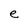
Character: e